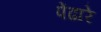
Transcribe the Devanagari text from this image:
पेंढारे